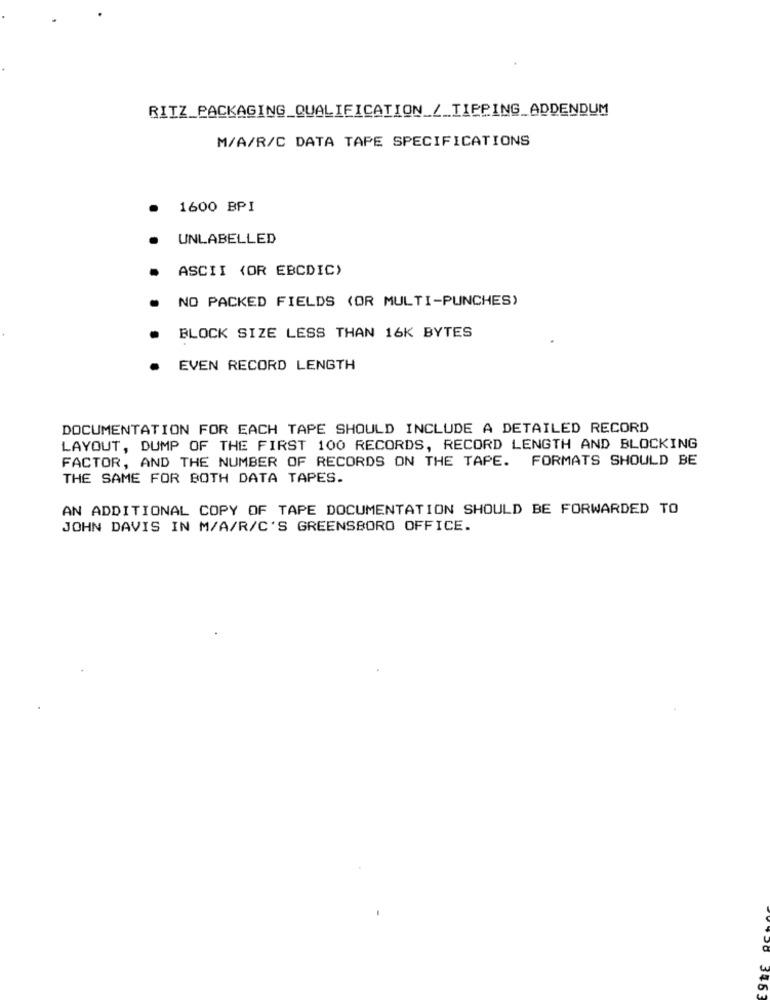
RITZ_PACKAGING_QUALIFICATION_/_TIPPING_ADDENDUM
M/A/R/C DATA TAPE SPECIFICATIONS
1600 BPI
UNLABELLED
ASCII (OR EBCDIC)
NO PACKED FIELDS (OR MULTI-PUNCHES)
BLOCK SIZE LESS THAN 16K BYTES
EVEN RECORD LENGTH
DOCUMENTATION FOR EACH TAPE SHOULD INCLUDE A DETAILED RECORD
LAYOUT, DUMP OF THE FIRST 100 RECORDS, RECORD LENGTH AND BLOCKING
FACTOR, AND THE NUMBER OF RECORDS ON THE TAPE. FORMATS SHOULD BE
THE SAME FOR BOTH DATA TAPES.
AN ADDITIONAL COPY OF TAPE DOCUMENTATION SHOULD BE FORWARDED TO
JOHN DAVIS IN M/A/R/C'S GREENSBORO OFFICE.